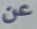
عن